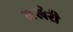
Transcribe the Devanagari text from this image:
लखेरी